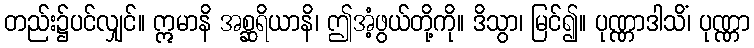
တည်း၌ပင်လျှင်။ ဣမာနိ အစ္ဆရိယာနိ၊ ဤအံ့ဖွယ်တို့ကို။ ဒိသွာ၊ မြင်၍။ ပုဏ္ဏာဒါသိံ၊ ပုဏ္ဏာ